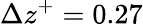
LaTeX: \Delta z^{+}=0.27